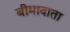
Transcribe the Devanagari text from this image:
बीमादाता